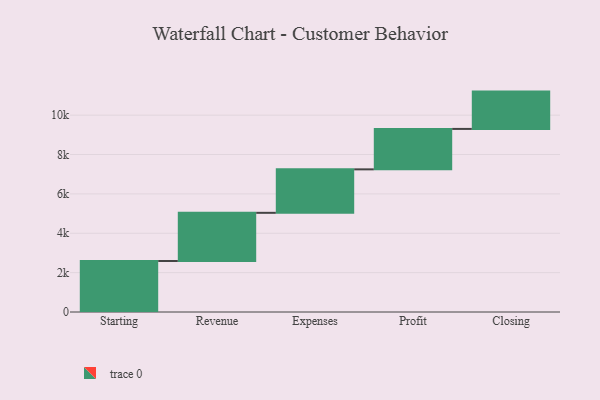
{"axis": {"x": "Step", "y": "Value"}, "legend": [""], "data": [{"x": "Starting", "y": 2592.0, "type": ""}, {"x": "Revenue", "y": 2446.0, "type": ""}, {"x": "Expenses", "y": 2209.0, "type": ""}, {"x": "Profit", "y": 2054.0, "type": ""}, {"x": "Closing", "y": 1896.0, "type": ""}]}